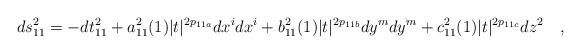
LaTeX: \begin{align*}ds_{11}^2 = -dt_{11}^2 + a_{11}^2(1)|t|^{2p_{11a}} dx^i dx^i + b_{11}^2(1)|t|^{2p_{11b}} dy^m dy^m + c_{11}^2(1) |t|^{2p_{11c}}dz^2 \quad ,\end{align*}